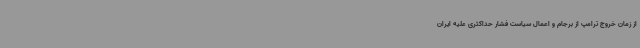
از زمان خروج ترامپ از برجام و اعمال سیاست فشار حداکثری علیه ایران